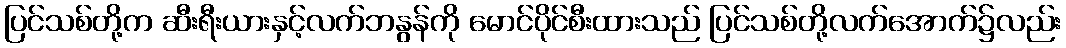
ပြင်သစ်တို့က ဆီးရီးယားနှင့်လက်ဘနွန်ကို မောင်ပိုင်စီးထားသည် ပြင်သစ်တို့လက်အောက်၌လည်း